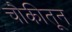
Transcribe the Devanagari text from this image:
चौकीतून